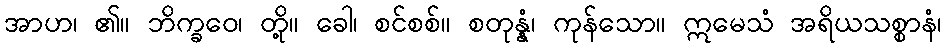
အာဟ၊ ၏။ ဘိက္ခဝေ၊ တို့။ ခေါ၊ စင်စစ်။ စတုန္နံ၊ ကုန်သော။ ဣမေသံ အရိယသစ္စာနံ၊